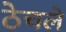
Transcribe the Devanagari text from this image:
ठेचले